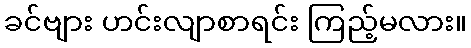
ခင်ဗျား ဟင်းလျာစာရင်း ကြည့်မလား။